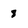
Character: 8